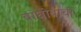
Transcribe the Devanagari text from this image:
वाघोबाची